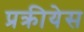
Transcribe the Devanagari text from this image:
प्रक्रीयेस